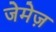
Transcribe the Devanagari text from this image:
जेमेज़